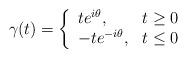
LaTeX: \begin{align*} \gamma(t)=\left\{ \begin{array}{ll} te^{i\theta}, & \hbox{$t\geq 0$}\\ -te^{-i\theta}, & \hbox{$t\leq 0$} \end{array} \right.\end{align*}